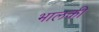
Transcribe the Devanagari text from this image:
भालकी